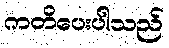
ကတိပေးပါသည်